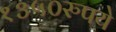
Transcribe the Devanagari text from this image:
१३५०रुपये